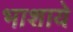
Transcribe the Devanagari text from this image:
भाशाये